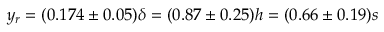
y _ { r } = ( 0 . 1 7 4 \pm 0 . 0 5 ) \delta = ( 0 . 8 7 \pm 0 . 2 5 ) h = ( 0 . 6 6 \pm 0 . 1 9 ) s